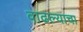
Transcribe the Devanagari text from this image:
वाढल्याचा